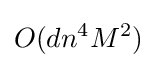
O(dn^{4}M^{2})